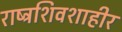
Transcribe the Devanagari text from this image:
राष्ट्रशिवशाहीर